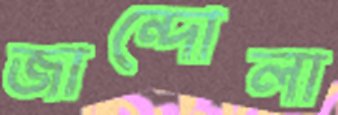
জান্দোলা